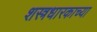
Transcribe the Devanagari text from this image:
शस्त्रधारकाच्या